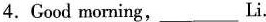
4. Cood morning,___Li.